Senior Leaving Certificate, 1941, 1941
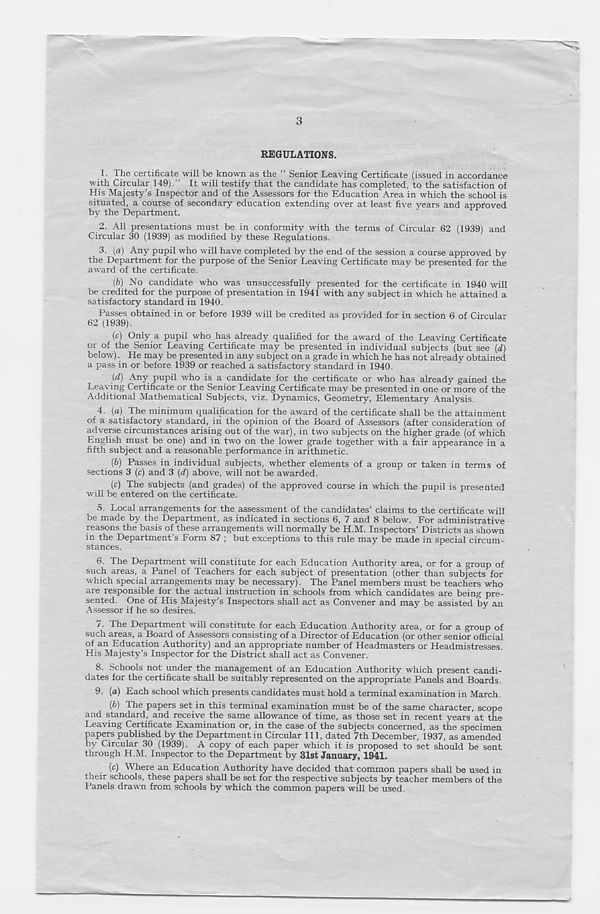
3
REGULATIONS.
1. The certificate will be known as the “ Senior Leaving Certificate (issued in accordance
with Circular 149).” It will testify that the candidate has completed, to the satisfaction of
His Majesty’s Inspector and of the Assessors for the Education Area in which the school is
situated, a course of secondary education extending over at least five years and approved
by the Department.
2. All presentations must be in conformity with the terms of Circular 62 (1939) and
Circular 30 (1939) as modified by these Regulations.
3. (a) Any pupil who will have completed by the end of the session a course approved by
the Department for the purpose of the Senior Leaving Certificate may be presented for the
award of the certificate.
(b) No candidate who was unsuccessfully presented for the certificate in 1940 will
be credited for the purpose of presentation in 1941 with any subject in which he attained a
satisfactory standard in 1940.
Passes obtained in or before 1939 will be credited as provided for in section 6 of Circular
62 (1939).
(c) Only a pupil who has already qualified for the award of the Leaving Certificate
or of the Senior Leaving Certificate may be presented in individual subjects (but see (d)
below). He may be presented in any subject on a grade in which he has not already obtained
a pass in or before 1939 or reached a satisfactory standard in 1940.
(d) Any pupil who is a candidate for the certificate or who has already gained the
Leaving Certificate or the Senior Leaving Certificate may be presented in one or more of the
Additional Mathematical Subjects, viz. Dynamics, Geometry, Elementary Analysis.
4. (a) The minimum qualification for the award of the certificate shall be the attainment
of a satisfactory standard, in the opinion of the Board of Assessors (after consideration of
adverse circumstances arising out of the war), in two subjects on the higher grade (of which
English must be one) and in two on the lower grade together with a fair appearance in a
fifth subject and a reasonable performance in arithmetic.
(&) Passes in individual subjects, whether elements of a group or taken in terms of
sections 3 (c) and 3 (d) above, will not be awarded.
(c) The subjects (and grades) of the approved course in which the pupil is presented
will be entered on the certificate.
5. Local arrangements for the assessment of the candidates’ claims to the certificate will
be made by the Department, as indicated in sections 6, 7 and 8 below. For administrative
reasons the basis of these arrangements will normally be H.M. Inspectors' Districts as shown
in the Department’s Form 87 ; but exceptions to this rule may be made in special circum-
stances.
6. The Department will constitute for each Education Authority area, or for a group of
such areas, a Panel of Teachers for each subject of presentation (other than subjects for
which special arrangements may be necessary). The Panel members must be teachers who
are responsible for the actual instruction in schools from which candidates are being pre-
sented. One of His Majesty’s Inspectors shall act as Convener and may be assisted by an
Assessor if he so desires.
7. The Department will constitute for each Education Authority area, or for a group of
such areas, a Board of Assessors consisting of a Director of Education (or other senior official
of an Education Authority) and an appropriate number of Headmasters or Headmistresses.
His Majesty’s Inspector for the District shall act as Convener.
8. Schools not under the management of an Education Authority which present candi-
dates for the certificate shall be suitably represented on the appropriate Panels and Boards.
9. (a) Each school which presents candidates must hold a terminal examination in March.
{b) The papers set in this terminal examination must be of the same character, scope
and standard, and receive the same allowance of time, as those set in recent years at the
Leaving Certificate Examination or, in the case of the subjects concerned, as the specimen
papers published by the Department in Circular 111, dated 7th December, 1937, as amended
by Circular 30 (1939). A copy of each paper which it is proposed to set should be sent
through H.M. Inspector to the Department by 31st January, 1941.
(c) Where an Education Authority have decided that common papers shall be used in
their schools, these papers shall be set for the respective subjects by teacher members of the
Panels drawn from schools by which the common papers will be used.